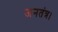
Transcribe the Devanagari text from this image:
जनतंत्र।